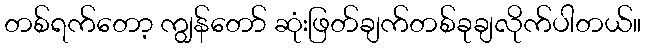
တစ်ရက်တော့ ကျွန်တော် ဆုံးဖြတ်ချက်တစ်ခုချလိုက်ပါတယ်။